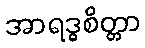
အာရဒ္ဓစိတ္တာ